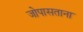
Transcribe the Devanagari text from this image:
जोपासताना